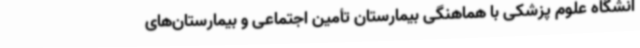
انشگاه علوم پزشکی با هماهنگی بیمارستان تأمین اجتماعی و بیمارستان‌های